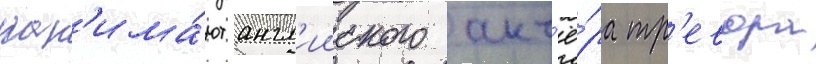
нан'има́ют англ'ииского акт'ё́ра тр'евора